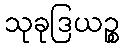
သုခုဒြယဉ္စ